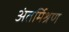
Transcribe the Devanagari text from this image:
अंतर्मिश्रण